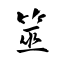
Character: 筮